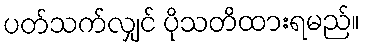
ပတ်သက်လျှင် ပိုသတိထားရမည်။